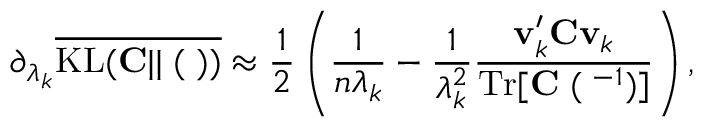
\partial _ { \lambda _ { k } } \overline { { \mathrm { K L } ( { \bf C } | | { \bf \Xi } ( { \bf \Lambda } ) ) } } \approx \frac { 1 } { 2 } \left( \frac { 1 } { n \lambda _ { k } } - \frac { 1 } { \lambda _ { k } ^ { 2 } } \frac { { \bf v } _ { k } ^ { \prime } { \bf C } { \bf v } _ { k } } { \mathrm { T r } [ { \bf C \Xi } ( { \bf \Lambda } ^ { - 1 } ) ] } \right) ,